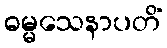
ဓမ္မသေနာပတိံ